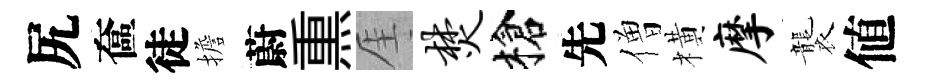
尻奩徒擔蔚𤋱厓焚槍先僧橫摩襲値